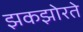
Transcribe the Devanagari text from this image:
झकझोरते